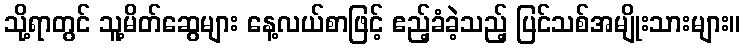
သို့ရာတွင် သူ့မိတ်ဆွေများ နေ့လယ်စာဖြင့် ဧည့်ခံခဲ့သည့် ပြင်သစ်အမျိုးသားများ။